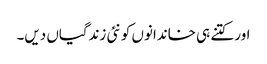
اور کتنے ہی خاندانوں کو نئی زندگیاں دیں۔